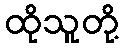
ထိုသူတို့